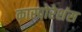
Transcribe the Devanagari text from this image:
कारपोरेशंस